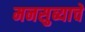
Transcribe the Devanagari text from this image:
मनसुब्याचे